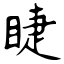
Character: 睫